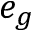
e _ { g }